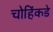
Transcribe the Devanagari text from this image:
चोहिंकडे